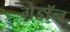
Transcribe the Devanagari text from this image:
गेडाॅन